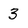
Character: 3